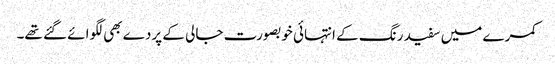
کمرے میں سفید رنگ کے انتہائی خوبصورت جالی کے پردے بھی لگوائے گئے تھے۔